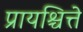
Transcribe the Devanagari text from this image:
प्रायश्चित्ते